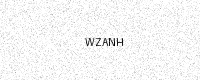
Text: WZANH